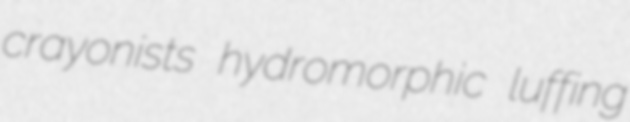
crayonists hydromorphic luffing